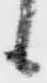
候